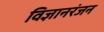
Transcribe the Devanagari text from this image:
विज्ञानरंजन